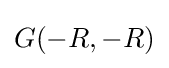
{\textstyle G(-R,-R)}